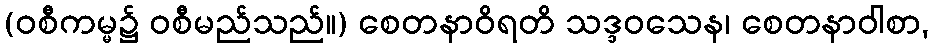
(ဝစီကမ္မ၌ ဝစီမည်သည်။) စေတနာဝိရတိ သဒ္ဒဝသေန၊ စေတနာဝါစာ,